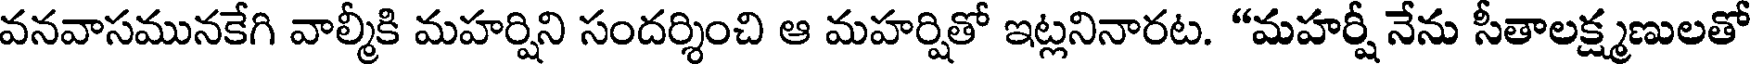
వనవాసమునకేగి వాల్మీకి మహర్షిని సందర్శించి ఆ మహర్షితో ఇట్లనినారట. "మహర్షీ నేను సీతాలక్ష్మణులతో